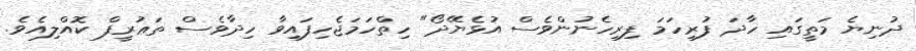
ދުނިޔެ މަތީގައި ހާދަ ފުރިހަމަ ފިރިހެނުންވެސް އުޅެޔޭދޯ" ހިތްހަމަޖެހިފައިވާ ހިދާވެސް ތަޢުރީފް ކޮއްލިއެެވެ.